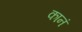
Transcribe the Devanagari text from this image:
कानं